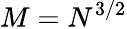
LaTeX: M=N^{3/2}